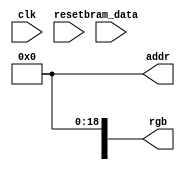
module playback(
    input clk,
    input reset,
    input [23:0] bram_data,
	 output [18:0] addr,
    output [23:0] rgb
    );

	reg [18:0] addr = 0;
	
	always @(posedge clk) begin
		
	end

endmodule